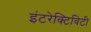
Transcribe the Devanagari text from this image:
इंटरेक्टिविटी